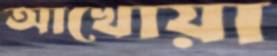
আখোয়া